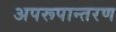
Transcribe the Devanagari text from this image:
अपरूपान्तरण